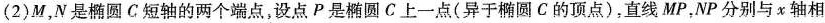
(2)M，N是椭圆C短轴的两个端点，设点P是椭圆C上一点(异于椭圆C的顶点)，直线MP，NP分别与x轴相